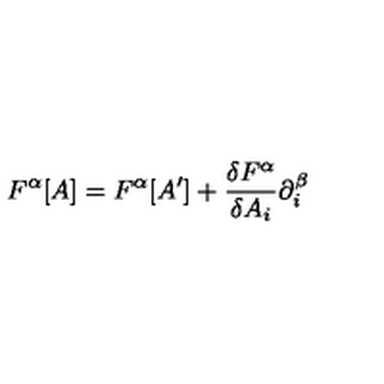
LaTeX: F ^ { \alpha } [ A ] = F ^ { \alpha } [ A ^ { \prime } ] + \frac { \delta F ^ { \alpha } } { \delta A _ { i } } \partial _ { i } ^ { \beta }